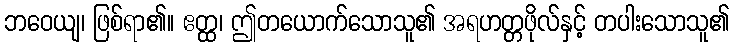
ဘဝေယျ၊ ဖြစ်ရာ၏။ ဧတ္ထ၊ ဤတယောက်သောသူ၏ အရဟတ္တဖိုလ်နှင့် တပါးသောသူ၏